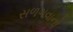
સળગવાનો